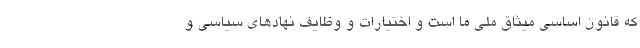
که قانون اساسی میثاق ملی ما است و اختیارات و وظایف نهادهای سیاسی و